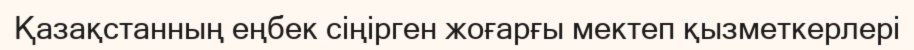
Қазақстанның еңбек сіңірген жоғарғы мектеп қызметкерлері